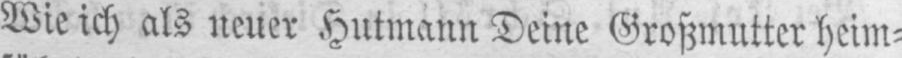
Wie ich als neuer Hutmann Deine Großmutter heim⸗